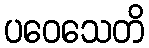
ပဝေသေတိ